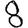
Digit: 8